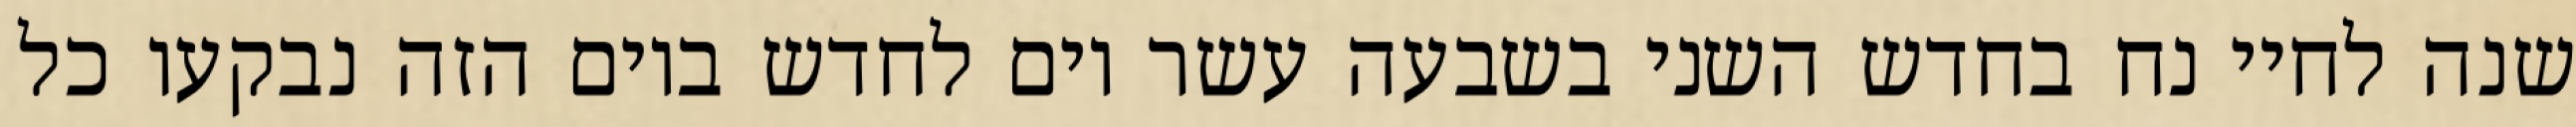
שנה לחיי נח בחדש השני בשבעה עשר יום לחדש ביום הזה נבקעו כל